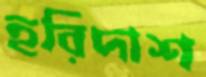
হরিদাশ